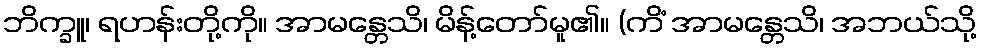
ဘိက္ခူ၊ ရဟန်းတို့ကို။ အာမန္တေသိ၊ မိန့်တော်မူ၏။ (ကိံ အာမန္တေသိ၊ အဘယ်သို့